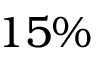
1 5 \%